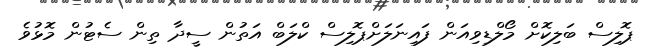
ޕޮލިސް ބަލިކޮށް މޯލްޑިވިއަން ފައިނަލަށްޕޮލިސް ކްލަބް އަތުން ސީދާ ތިން ސެޓުން މޮޅުވެ